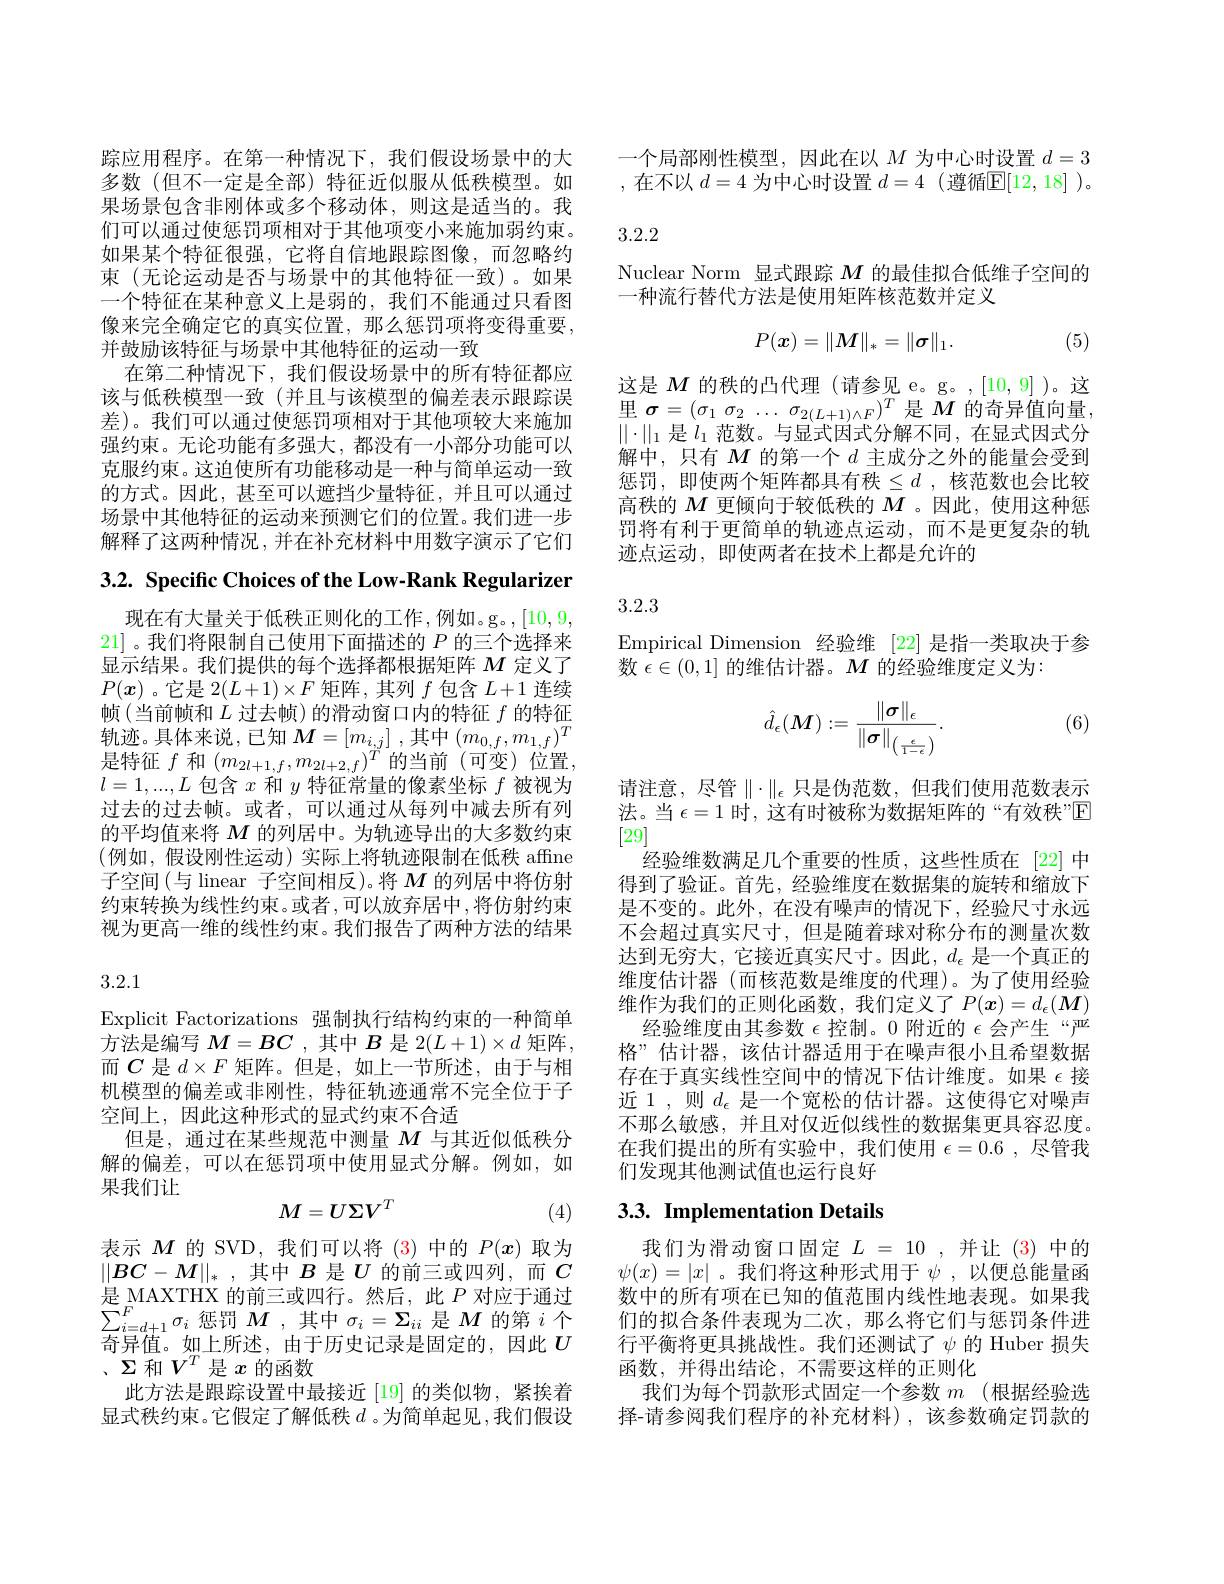
踪应用程序。在第一种情况下，我们假设场景中的大多数(但不一定是全部)特征近似服从低秩模型。如果场景包含非刚体或多个移动体，则这是适当的。我们可以通过使惩罚项相对于其他项变小来施加弱约束。如果某个特征很强，它将自信地跟踪图像，而忽略约束(无论运动是否与场景中的其他特征一致)。如果一个特征在某种意义上是弱的，我们不能通过只看图像来完全确定它的真实位置，那么惩罚项将变得重要， 并鼓励该特征与场景中其他特征的运动一致
在第二种情况下，我们假设场景中的所有特征都应该与低秩模型一致(并且与该模型的偏差表示跟踪误差)。我们可以通过使惩罚项相对于其他项较大来施加强约束。无论功能有多强大，都没有一小部分功能可以克服约束。这迫使所有功能移动是一种与简单运动一致的方式。因此，甚至可以遮挡少量特征，并且可以通过场景中其他特征的运动来预测它们的位置。我们进一步解释了这两种情况，并在补充材料中用数字演示了它们

3.2. Specific Choices of the Low-Rank Regularizer

现在有大量关于低秩正则化的工作，例如。g。,[10,9,1] 21]。我们将限制自己使用下面描述的$P$的三个选择来显示结果。我们提供的每个选择都根据矩阵$M$定义了$P(\boldsymbol{x})$ 。它是 2$(L+1)\times F$矩阵，其列$f$包含$L+1$连续帧(当前帧和$L$过去帧)的滑动窗口内的特征$f$的特征轨迹。具体来说，已知$M=[m_i,j]$ ,其中$(m_0,f,m_{1,f})^T$ 是特征$f$和$(m_{2l+1,f},m_{2l+2,f})^{\ddot{T}}$的当前 (可变)位置， $l=1,...,L$包含$x$和$y$特征常量的像素坐标$f$被视为过去的过去帧。或者，可以通过从每列中减去所有列的平均值来将$M$的列居中。为轨迹导出的大多数约束(例如，假设刚性运动)实际上将轨迹限制在低秩 affne 子空间(与 linear 子空间相反)。将$M$的列居中将仿射约束转换为线性约束。或者 ,可以放弃居中 ,将仿射约束视为更高一维的线性约束。我们报告了两种方法的结果

3.2.1

Explicit Factorizations 强制执行结构约束的一种简单方法是编写$M=BC$ ,其中$B$是 2$(L+1)\times d$矩阵， 而$C$是$d\times F$矩阵。但是，如上一节所述，由于与相机模型的偏差或非刚性，特征轨迹通常不完全位于子空间上，因此这种形式的显式约束不合适
但是，通过在某些规范中测量$M$与其近似低秩分解的偏差，可以在惩罚项中使用显式分解。例如，如果我们让
$$M=U\Sigma V^T$$
(4)

表示$M$的 SVD,我们可以将(3)中的$P(\boldsymbol{x})$取为$||BC-M||_*$ ,其中$B$是$U$的前三或四列，而$C$ 是$\mathop{\mathrm{MAXTHX~}}_{E}$的前三或四行。然后，此$P$ 对应于通过$\sum_{i=d+1}^{F}\sigma_{i}$惩罚$M$ ,其中$\sigma_i=\Sigma_{ii}$是$M$的第$i$个奇异值。如上所述，由于历史记录是固定的，因此$U$ 、$\Sigma$和$V^T$是$x$的函数
此方法是跟踪设置中最接近[19]的类似物，紧挨着显式秩约束。它假定了解低秩$d$ 。为简单起见，我们假设

一个局部刚性模型，因此在以$M$为中心时设置$d=3$ ,在不以 $d=4$ 为中心时设置 $d=4$ (遵循$\mathbb{E}[12,18]$ )。

3.2.2

Nuclear Norm 显式跟踪$M$的最佳拟合低维子空间的
一种流行替代方法是使用矩阵核范数并定义
$$P(\boldsymbol{x})=\|M\|_*=\|\boldsymbol{\sigma}\|_1.$$
(5)

这是$M$的秩的凸代理 (请参见 e。g。,[10,9] )。这里$\sigma = ( \sigma _1$ $\sigma _2$ $\ldots$ $\sigma _{2( L+ 1) \wedge F}) ^T$是$M$的奇异值向量， $\|\cdot\|_1$是$l_1$范数。与显式因式分解不同，在显式因式分解中，只有$M$的第一个$d$主成分之外的能量会受到惩罚，即使两个矩阵都具有秩$\leq d$ ,核范数也会比较高秩的$M$更倾向于较低秩的$M$ 。因此，使用这种惩罚将有利于更简单的轨迹点运动，而不是更复杂的轨迹点运动，即使两者在技术上都是允许的

3.2.3

Empirical Dimension 经验维 [22] 是指一类取决于参
数$\epsilon\in(0,1]$的维估计器。$M$的经验维度定义为：

(6)
$$\hat{d}_\epsilon(M):=\frac{\|\sigma\|_\epsilon}{\|\sigma\|_{\left(\frac{\epsilon}{1-\epsilon}\right)}}.$$
请注意，尽管$\parallel\cdot\parallel_\epsilon$ 只是伪范数，但我们使用范数表示法。当$\epsilon=1$时，这有时被称为数据矩阵的“有效秩”$\mathbb{E}$ [29]
经验维数满足几个重要的性质，这些性质在[22]中得到了验证。首先，经验维度在数据集的旋转和缩放下是不变的。此外，在没有噪声的情况下，经验尺寸永远不会超过真实尺寸，但是随着球对称分布的测量次数达到无穷大，它接近真实尺寸。因此，$d_\epsilon$是一个真正的维度估计器 (而核范数是维度的代理)。为了使用经验维作为我们的正则化函数，我们定义了$P(\boldsymbol x)=d_\epsilon(\boldsymbol{M})$
经验维度由其参数$\epsilon$控制。0 附近的$\epsilon$会产生“严格”估计器，该估计器适用于在噪声很小且希望数据存在于真实线性空间中的情况下估计维度。如果$\epsilon$接近 1 , 则$d_\epsilon$是一个宽松的估计器。这使得它对噪声不那么敏感，并且对仅近似线性的数据集更具容忍度。在我们提出的所有实验中，我们使用$\epsilon=0.6$,尽管我们发现其他测试值也运行良好

# 3.3. Implementation Details

我们为滑动窗口固定$L=10$,并让(3)中的$\psi(x)=|x|$ 。我们将这种形式用于$\psi$ ,以便总能量函数中的所有项在已知的值范围内线性地表现。如果我们的拟合条件表现为二次，那么将它们与惩罚条件进行平衡将更具挑战性。我们还测试了$\psi$ 的 Huber 损失函数，并得出结论，不需要这样的正则化
我们为每个罚款形式固定一个参数 $m$ (根据经验选择-请参阅我们程序的补充材料),该参数确定罚款的